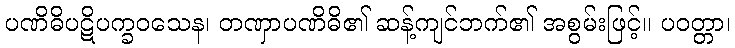
ပဏိဓိပဋိပက္ခဝသေန၊ တဏှာပဏိဓိ၏ ဆန့်ကျင်ဘက်၏ အစွမ်းဖြင့်။ ပဝတ္တာ၊